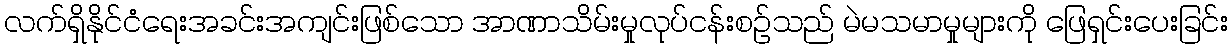
လက်ရှိနိုင်ငံရေးအခင်းအကျင်းဖြစ်သော အာဏာသိမ်းမှုလုပ်ငန်းစဉ်သည် မဲမသမာမှုများကို ဖြေရှင်းပေးခြင်း